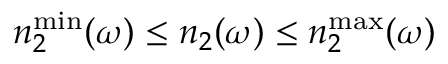
n _ { 2 } ^ { \operatorname* { m i n } } ( \omega ) \le n _ { 2 } ( \omega ) \le n _ { 2 } ^ { \operatorname* { m a x } } ( \omega )